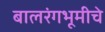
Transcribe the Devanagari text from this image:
बालरंगभूमीचे